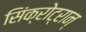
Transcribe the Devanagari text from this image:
सिंक्रोट्रान्